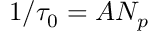
1 / \tau _ { 0 } = A N _ { p }